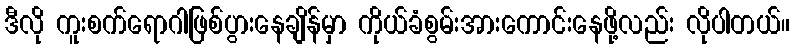
ဒီလို ကူးစက်ရောဂါဖြစ်ပွားနေချိန်မှာ ကိုယ်ခံစွမ်းအားကောင်းနေဖို့လည်း လိုပါတယ်။